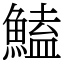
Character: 鰪